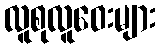
လူစုလူဝေးများ